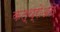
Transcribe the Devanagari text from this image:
कत्थ्रोअत